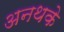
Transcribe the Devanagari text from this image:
अनथके